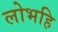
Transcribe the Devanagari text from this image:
लोभहि